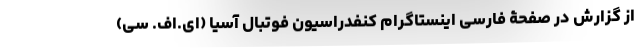
از گزارش در صفحۀ فارسی اینستاگرام کنفدراسیون فوتبال آسیا (ای.اف. سی)